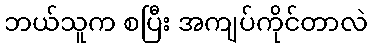
ဘယ်သူက စပြီး အကျပ်ကိုင်တာလဲ